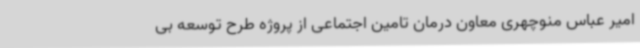
امیر عباس منوچهری معاون درمان تامین اجتماعی از پروژه طرح توسعه بی